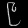
Digit: ၉